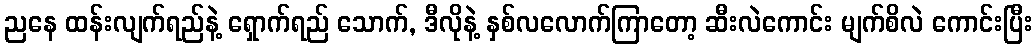
ညနေ ထန်းလျက်ရည်နဲ့ ရှောက်ရည် သောက်, ဒီလိုနဲ့ နှစ်လလောက်ကြာတော့ ဆီးလဲကောင်း မျက်စိလဲ ကောင်းပြီး